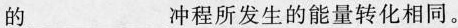
的___冲程所发生的能量转化相同。